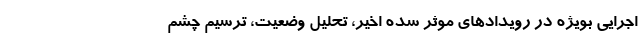
اجرایی بویژه در رویداد‌های موثر سده اخیر، تحلیل وضعیت، ترسیم چشم